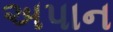
અપાન